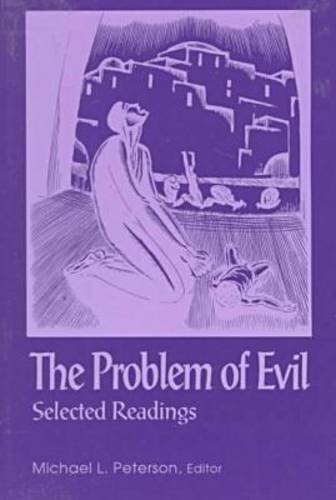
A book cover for The Problem of Evil: Selected Readings (Library of Religious Philosophy); Michael L. Peterson; Politics & Social Sciences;